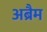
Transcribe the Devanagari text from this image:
अब्रैम